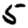
Digit: 5